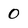
Character: 0